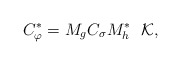
\begin{align*}C_{\varphi}^{*} = M_{g}C_{\sigma}M_h^{*} \ \ \mathcal{K},\end{align*}